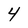
Character: 4